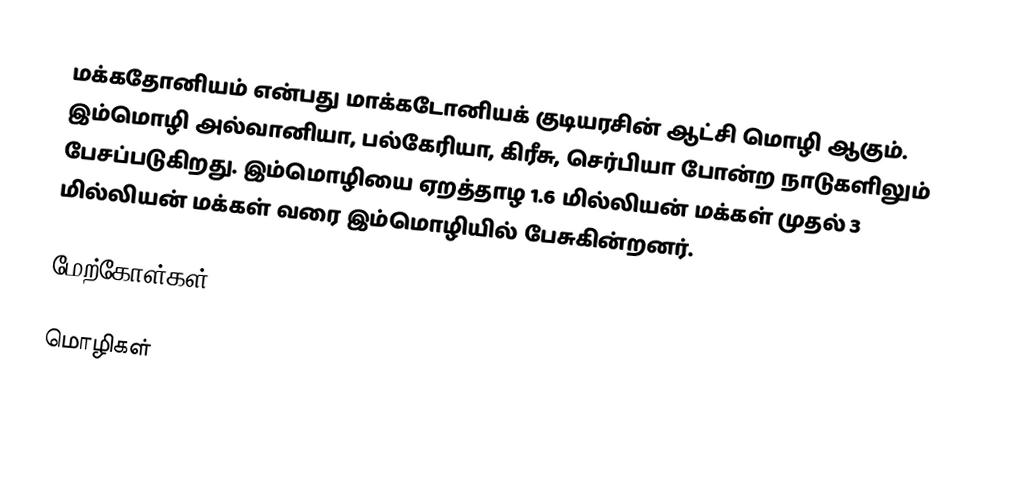
மக்கதோனியம் என்பது மாக்கடோனியக் குடியரசின் ஆட்சி மொழி ஆகும். இம்மொழி அல்வானியா, பல்கேரியா, கிரீசு, செர்பியா போன்ற நாடுகளிலும் பேசப்படுகிறது. இம்மொழியை ஏறத்தாழ 1.6 மில்லியன் மக்கள் முதல் 3 மில்லியன் மக்கள் வரை இம்மொழியில் பேசுகின்றனர்.

மேற்கோள்கள்

மொழிகள்